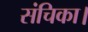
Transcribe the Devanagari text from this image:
संचिका।